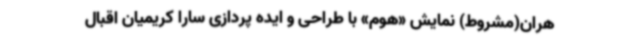
هران(مشروط) نمایش «هوم» با طراحی و ایده پردازی سارا کریمیان اقبال